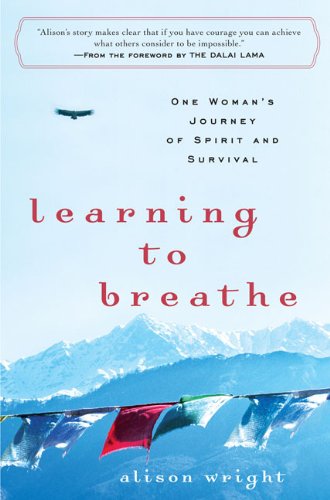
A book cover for Learning to Breathe: One Woman's Journey of Spirit and Survival; Alison Wright; Biographies & Memoirs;